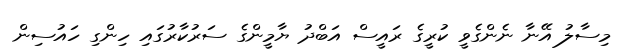
މިސާލު އޭނާ ނެންގެވީ ކުރީގެ ރައީސް އަބްދު ޔާމީންގެ ސަރުކާރުގައި ހިންގި ހައުސިން